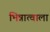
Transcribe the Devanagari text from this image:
भिन्नात्वाला